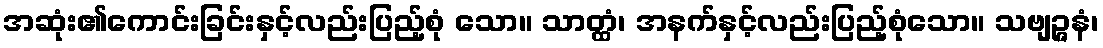
အဆုံး၏ကောင်းခြင်းနှင့်လည်းပြည့်စုံ သော။ သာတ္ထံ၊ အနက်နှင့်လည်းပြည့်စုံသော။ သဗျဉ္ဇနံ၊